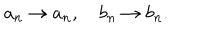
a _ { n } \rightarrow a _ { n } , \quad b _ { n } \rightarrow b _ { n } .